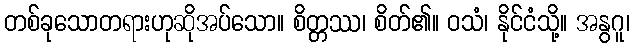
တစ်ခုသောတရားဟုဆိုအပ်သော။ စိတ္တဿ၊ စိတ်၏။ ဝသံ၊ နိုင်ငံသို့။ အနွဂူ၊